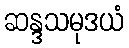
ဆန္ဒသမုဒယံ